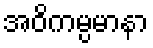
အဝိကမ္ပမာနာ